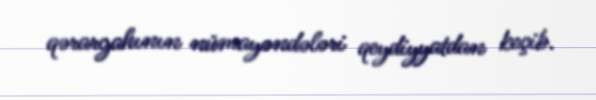
qərargahının nümayəndələri qeydiyyatdan keçib.